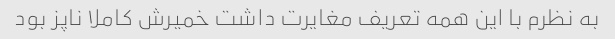
به نظرم با این همه تعریف مغایرت داشت خمیرش کاملا ناپز بود